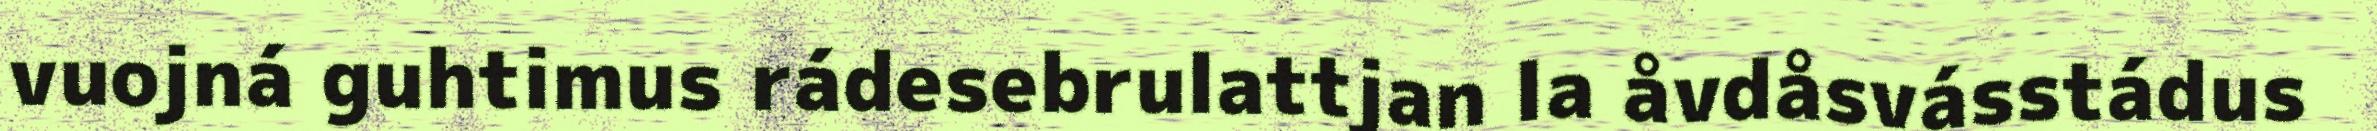
vuojná guhtimus rádesebrulattjan la åvdåsvásstádus